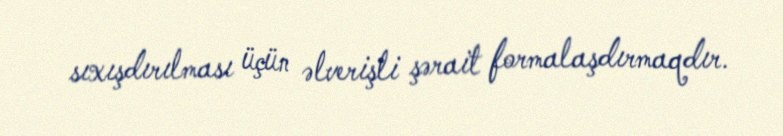
sıxışdırılması üçün əlverişli şərait formalaşdırmaqdır.